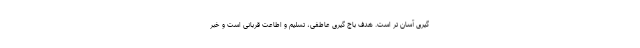
گیری آسان تر است. هدف باج گیری عاطفی، تسلیم و اطاعت قربانی است و خبر